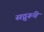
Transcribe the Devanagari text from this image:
सद्गुरूंचे